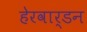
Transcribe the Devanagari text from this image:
हेरवार्डन